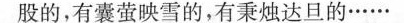
股的，有囊萤映雪的，有秉烛达旦的……